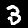
Digit: 3